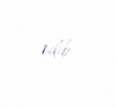
edib.